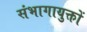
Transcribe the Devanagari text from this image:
संभागायुक्तों